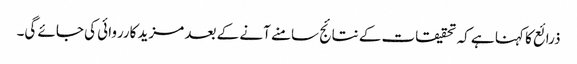
ذرائع کا کہنا ہے کہ تحقیقات کے نتائج سامنے آنے کے بعد مزید کارروائی کی جائے گی۔